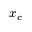
x _ { c }